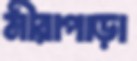
মীরাপাড়া